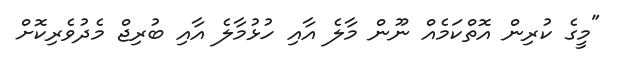
"މީގެ ކުރިން އޮތްކަމެއް ނޫން މާލެ އާއި ހުޅުމާލެ އާއި ބުރިޖް މެދުވެރިކޮށް